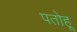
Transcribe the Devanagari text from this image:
पतोहू